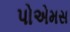
પોએમસ